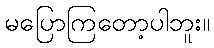
မပြောကြတော့ပါဘူး။